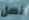
نصل